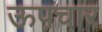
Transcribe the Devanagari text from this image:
ऊपचार